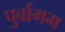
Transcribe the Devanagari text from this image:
पुर्वागम